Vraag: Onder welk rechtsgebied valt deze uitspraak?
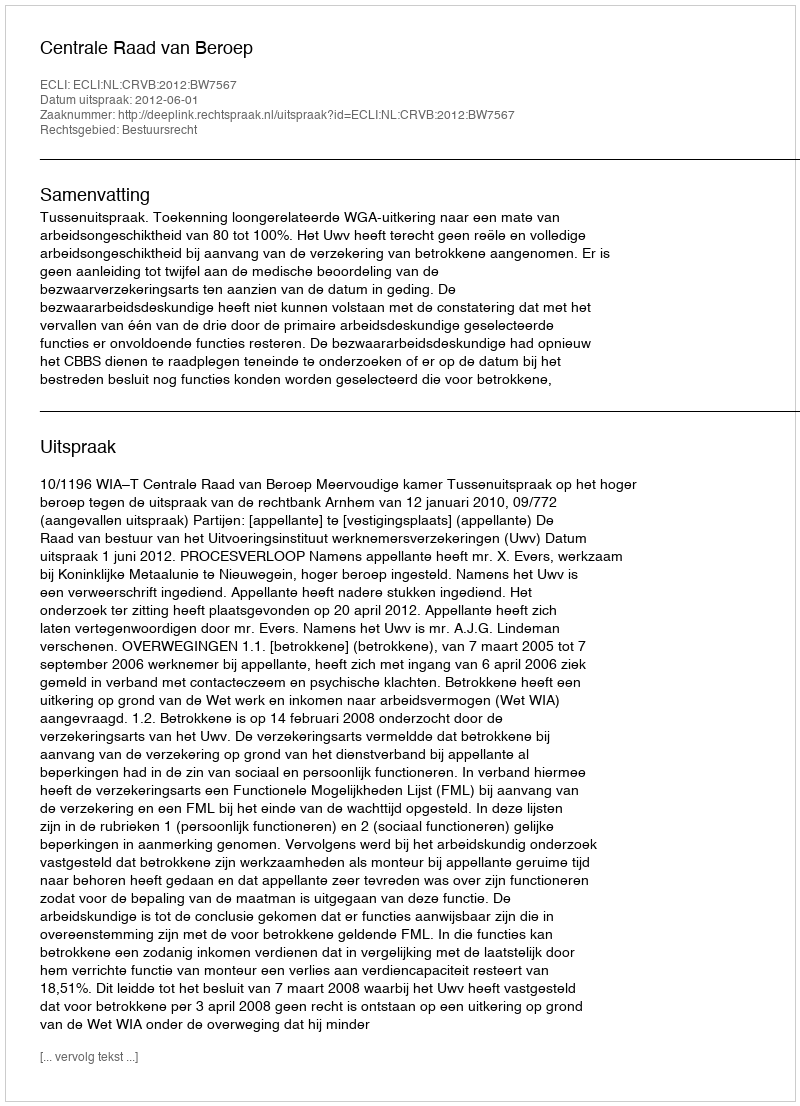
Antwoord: Bestuursrecht